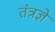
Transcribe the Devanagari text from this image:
तंत्रज्ञे